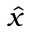
\hat { x }